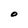
Character: O